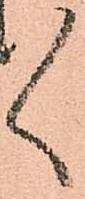
々